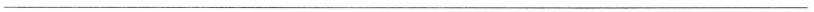
___